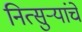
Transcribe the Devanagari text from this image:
नित्सुर्‍यांचे